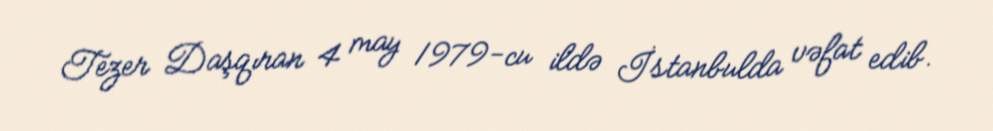
Tezer Daşqıran 4 may 1979-cu ildə İstanbulda vəfat edib.